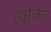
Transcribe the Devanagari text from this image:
ह्युविट